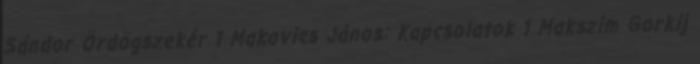
Sándor Ördögszekér 1 Makovics János: Kapcsolatok 1 Makszim Gorkij